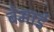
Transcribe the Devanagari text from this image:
बेमार्ड